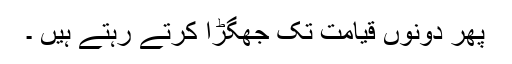
پھر دونوں قیامت تک جھگڑا کرتے رہتے ہیں ۔